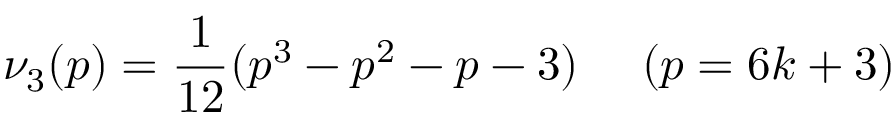
\nu _ { 3 } ( p ) = \frac { 1 } { 1 2 } ( p ^ { 3 } - p ^ { 2 } - p - 3 ) ~ ~ ~ ~ ( p = 6 k + 3 )